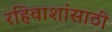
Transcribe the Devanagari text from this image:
रहिवाशांसाठी